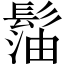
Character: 𩭶